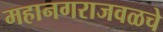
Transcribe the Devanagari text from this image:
महानगराजवळचे